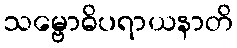
သမ္ဗောဓိပရာယနာတိ